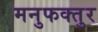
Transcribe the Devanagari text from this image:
मनुफक्तुर